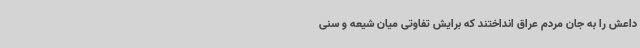
داعش را به جان مردم عراق انداختند که برایش تفاوتی میان شیعه و سنی